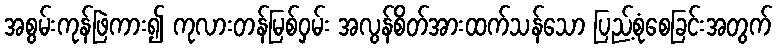
အစွမ်းကုန်ဖြဲကား၍ ကုလားတန်မြစ်ဝှမ်း အလွန်စိတ်အားထက်သန်သော ပြည့်စုံစေခြင်းအတွက်